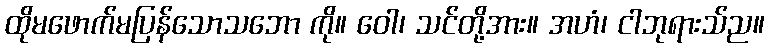
ထိုမဖောက်မပြန်သောသဘော ကို။ ဝေါ၊ သင်တို့အား။ အဟံ၊ ငါဘုရားသ်ည။